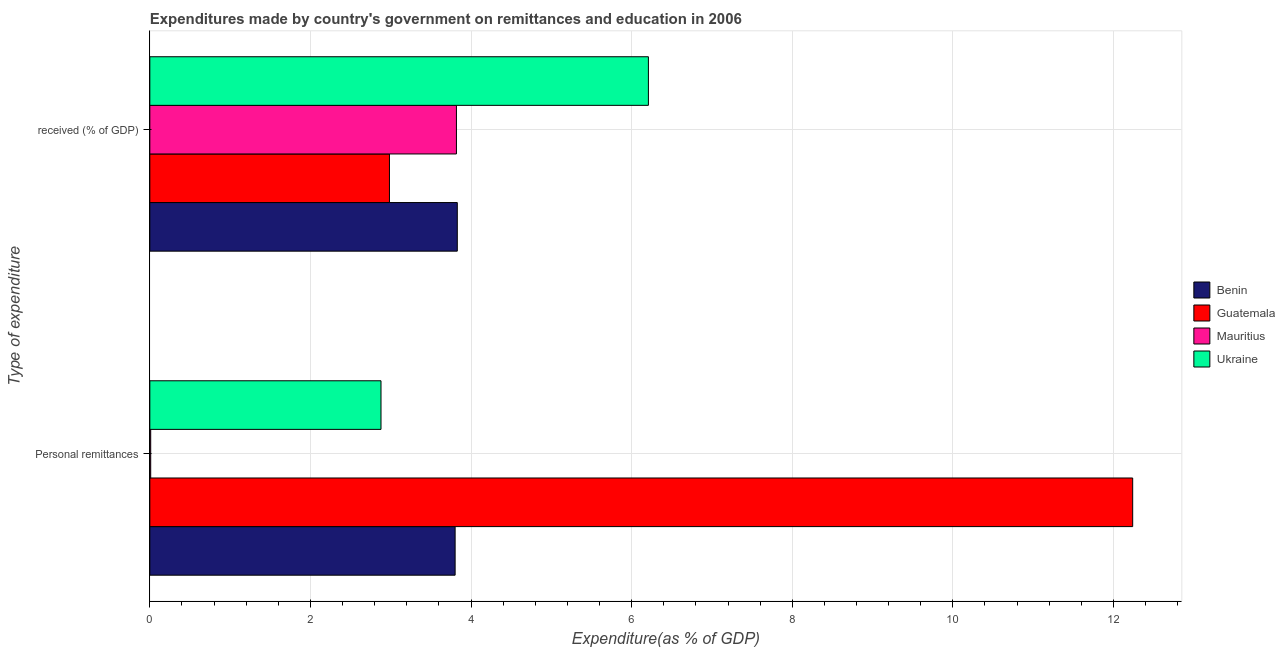
| Type of expenditure | Benin | Guatemala | Mauritius | Ukraine |
 | --- | --- | --- | --- | --- |
 | Personal remittances | 3.8 | 12.2 | 0.0108 | 2.88 |
 |  received (% of GDP) | 3.83 | 2.98 | 3.82 | 6.21 |